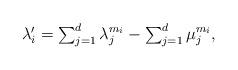
LaTeX: \begin{align*}\mbox{$\lambda_i'=\sum_{j=1}^d \lambda_j^{m_i}-\sum_{j=1}^d\mu_j^{m_i},$}\end{align*}